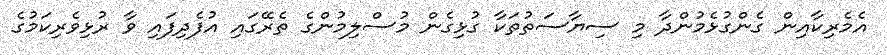
އެމެރިކާއިން ގެންގުޅެމުންދާ މި ސިޔާސަތުތަކާ ގުޅިގެން މުސްލިމުންގެ ތެރޭގައި އުފެދިފައި ވާ ރުޅިވެރިކަމުގެ